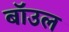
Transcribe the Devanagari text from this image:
बॉउल